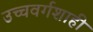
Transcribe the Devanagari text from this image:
उच्चवर्गशाही